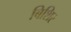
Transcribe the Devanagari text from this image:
बिशिर